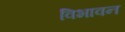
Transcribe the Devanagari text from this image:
विभावन